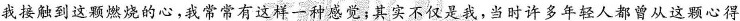
我接触到这颗燃烧的心，我常常有这样一种感觉；其实不仅是我，当时许多年轻人都曾从这颗心得